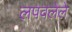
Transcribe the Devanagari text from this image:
लपवलेले